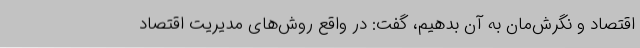
اقتصاد و نگرش‌مان به آن بدهیم، گفت: در واقع روش‌های مدیریت اقتصاد